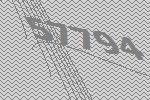
57794